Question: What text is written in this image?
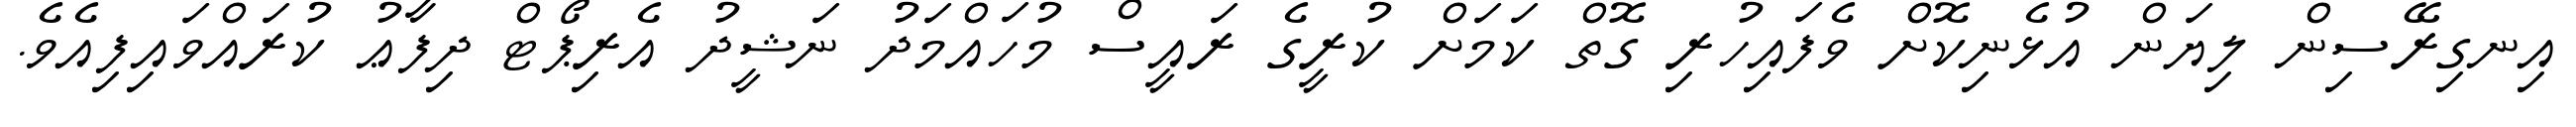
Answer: އިނގިރޭސިން ލިޔަން އުޅެނިކޮށް ވެފައިހުރި ގޮތް ކަމަށް ކުރީގެ ރައީސް މުހައްމަދު ނަޝީދު އެރިޕޯޓް ދިފާޢު ކުރައްވައިފިއެވެ.